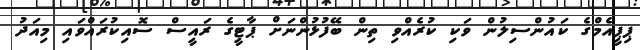
ޕިޕީއެމްގެ ކައުންސިލުން ވަކި ކުރެއްވި ތިން ބޭފުޅުންނަށް ޕާޓީގެ ރައީސް ސޮއިކުރައްވައި މިއަދު